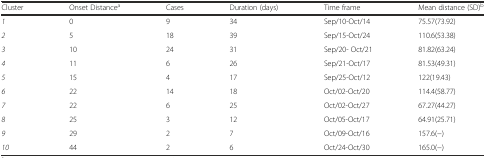
<table><thead><tr><td><b>Cluster</b></td><td><b>Onset Distance<sup>a</sup></b></td><td><b>Cases</b></td><td><b>Duration (days)</b></td><td><b>Time frame</b></td><td><b>Mean distance (SD)<sup>b</sup></b></td></tr></thead><tbody><tr><td><i>1</i></td><td>0</td><td>9</td><td>34</td><td>Sep/10-Oct/14</td><td>75.57(73.92)</td></tr><tr><td><i>2</i></td><td>5</td><td>18</td><td>39</td><td>Sep/15-Oct/24</td><td>110.6(53.38)</td></tr><tr><td><i>3</i></td><td>10</td><td>24</td><td>31</td><td>Sep/20- Oct/21</td><td>81.82(63.24)</td></tr><tr><td><i>4</i></td><td>11</td><td>6</td><td>26</td><td>Sep/21-Oct/17</td><td>81.53(49.31)</td></tr><tr><td><i>5</i></td><td>15</td><td>4</td><td>17</td><td>Sep/25-Oct/12</td><td>122(19.43)</td></tr><tr><td><i>6</i></td><td>22</td><td>14</td><td>18</td><td>Oct/02-Oct/20</td><td>114.4(58.77)</td></tr><tr><td><i>7</i></td><td>22</td><td>6</td><td>25</td><td>Oct/02-Oct/27</td><td>67.27(44.27)</td></tr><tr><td><i>8</i></td><td>25</td><td>3</td><td>12</td><td>Oct/05-Oct/17</td><td>64.91(25.71)</td></tr><tr><td><i>9</i></td><td>29</td><td>2</td><td>7</td><td>Oct/09-Oct/16</td><td>157.6(−)</td></tr><tr><td><i>10</i></td><td>44</td><td>2</td><td>6</td><td>Oct/24-Oct/30</td><td>165.0(−)</td></tr></tbody></table>